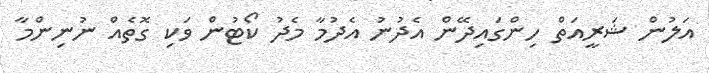
އަލުން ޝަރީއަތް ހިންގައިދޭން އެދުނު އެދުމާ މެދު ކޯޓުން ވަކި ގޮތެއް ނުނިންމާ